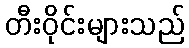
တီးဝိုင်းများသည်